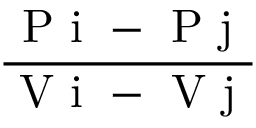
\frac { \mathrm { ~ P ~ i ~ - ~ P ~ j ~ } } { \mathrm { ~ V ~ i ~ - ~ V ~ j ~ } }